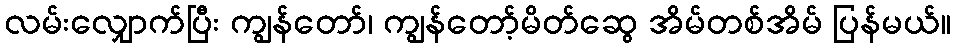
လမ်းလျှောက်ပြီး ကျွန်တော်၊ ကျွန်တော့်မိတ်ဆွေ အိမ်တစ်အိမ် ပြန်မယ်။